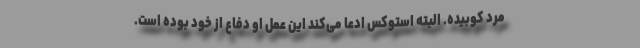
مرد کوبیده. البته استوکس ادعا می‌کند این عمل او دفاع از خود بوده است.